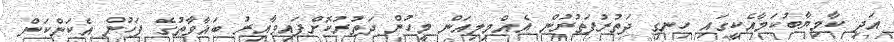
އަދި ކާމިޔާބުކަމާއެކީގައި ހިނގި ދަތުރުފަތުރުން އެއްމިލިއަން މީހުން ދަތުރުކޮށްފައިވާއިރު ބަޣާވާތުގެ ފަހުން އެކަންކަން